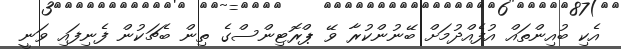
އެކި ބުއިންތައް އުފެއްދުމަށް ބޭނުންކުރާ ވޭ ޕްރޮޓިންސްގެ ތިން ބެޗަކުން ފެނިފައި ވަނީ